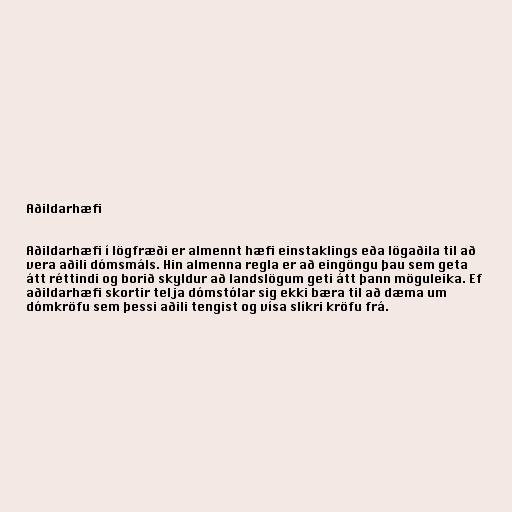
Aðildarhæfi

Aðildarhæfi í lögfræði er almennt hæfi einstaklings eða lögaðila til að
vera aðili dómsmáls. Hin almenna regla er að eingöngu þau sem geta
átt réttindi og borið skyldur að landslögum geti átt þann möguleika. Ef
aðildarhæfi skortir telja dómstólar sig ekki bæra til að dæma um
dómkröfu sem þessi aðili tengist og vísa slíkri kröfu frá.